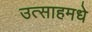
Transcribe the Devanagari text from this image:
उत्साहमधे